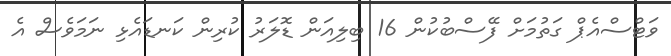
ވަޓްސްއެޕް ގަތުމަށް ފޭސްބުކުން 16 ބިލިއަން ޑޮލަރު ކުރިން ކަނޑައެޅި ނަމަވެސް އެ